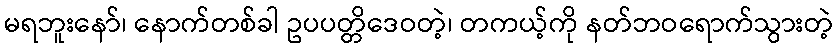
မရဘူးနော်၊ နောက်တစ်ခါ ဥပပတ္တိဒေဝတဲ့၊ တကယ့်ကို နတ်ဘဝရောက်သွားတဲ့